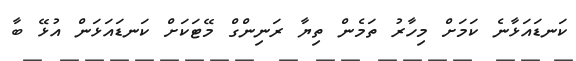
ކަނޑައަޅާނެ ކަމަށް މިހާރު ތަމެން ތިޔާ ރަނިންގް މޭޓަކަށް ކަނޑައަޅަން އުޅޭ ބާ